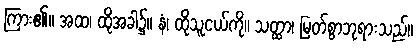
ကြား၏။ အထ၊ ထိုအခါ၌။ နံ၊ ထိုသူငယ်ကို။ သတ္ထာ၊ မြတ်စွာဘုရားသည်။